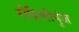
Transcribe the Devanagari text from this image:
रोहिणीपुंज